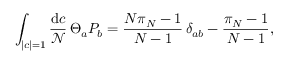
\int _ { | c | = 1 } { \frac { \mathrm { d } c } { \mathcal { N } } } \, \Theta _ { a } P _ { b } = { \frac { N \pi _ { N } - 1 } { N - 1 } } \, \delta _ { a b } - { \frac { \pi _ { N } - 1 } { N - 1 } } ,